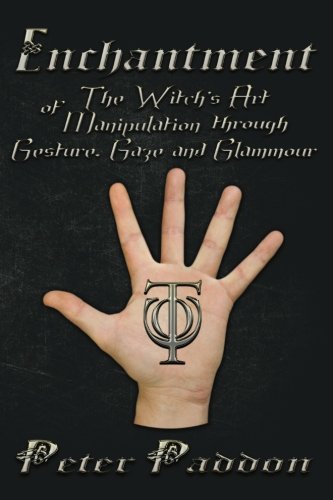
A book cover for Enchantment: The Witches' Art of Manipulation by Gesture, Gaze and Glamour; Peter Paddon; Religion & Spirituality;